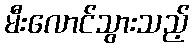
မီးလောင်သွားသည့်